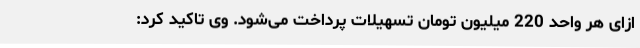
ازای هر واحد 220 میلیون تومان تسهیلات پرداخت می‌شود. وی تاکید کرد: